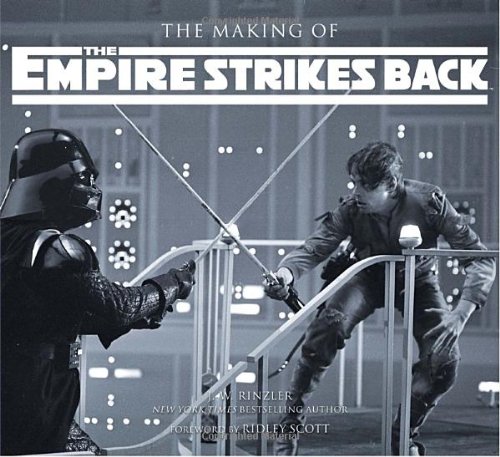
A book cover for The Making of Star Wars: The Empire Strikes Back; J.W. Rinzler; Humor & Entertainment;